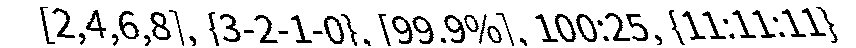
[2,4,6,8], {3-2-1-0}, [99.9%], 100:25, {11:11:11}